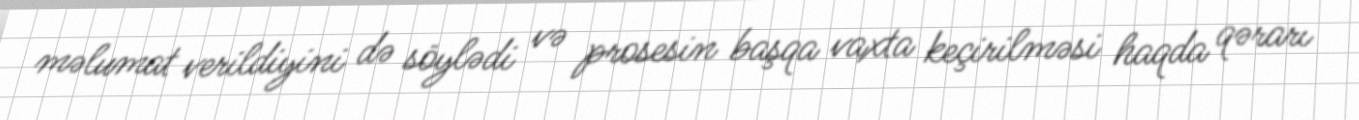
məlumat verildiyini də söylədi və prosesin başqa vaxta keçirilməsi haqda qərarı